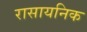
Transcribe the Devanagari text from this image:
रासायनिक